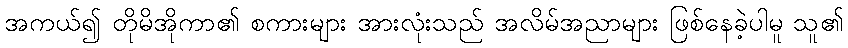
အကယ်၍ တိုမိအိုကာ၏ စကားများ အားလုံးသည် အလိမ်အညာများ ဖြစ်နေခဲ့ပါမူ သူ၏